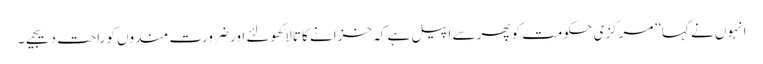
انہوں نے کہا ”مرکزی حکومت کو پھرسے اپیل ہے کہ خزانے کا تالا کھولئے اور ضرورت مندوں کو راحت دیجیے۔